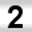
Digit: 2